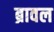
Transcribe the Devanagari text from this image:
ब्रावल